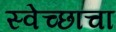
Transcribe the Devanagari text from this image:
स्वेच्छाचा